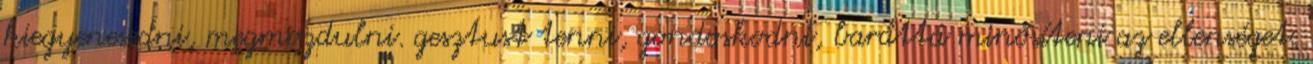
kiegyenesedni, megmozdulni. gesztust tenni, gondoskodni, baráttá minősíteni az ellenséget.